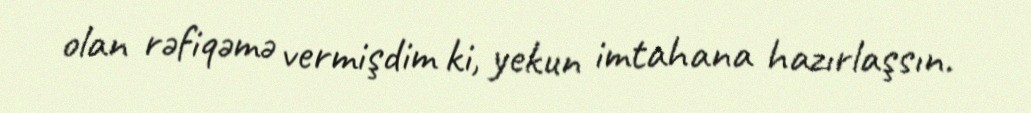
olan rəfiqəmə vermişdim ki, yekun imtahana hazırlaşsın.